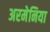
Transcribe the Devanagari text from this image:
अरमेनिया